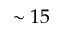
\sim 1 5